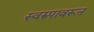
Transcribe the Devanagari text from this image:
स्वरुपावरून